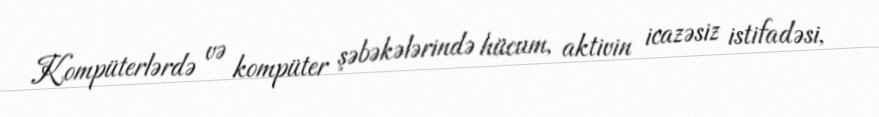
Kompüterlərdə və kompüter şəbəkələrində hücum, aktivin icazəsiz istifadəsi,